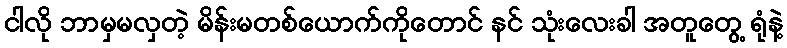
ငါလို ဘာမှမလှတဲ့ မိန်းမတစ်ယောက်ကိုတောင် နင် သုံးလေးခါ အတူတွေ့ ရုံနဲ့